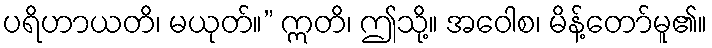
ပရိဟာယတိ၊ မယုတ်။” ဣတိ၊ ဤသို့။ အဝေါစ၊ မိန့်တော်မူ၏။